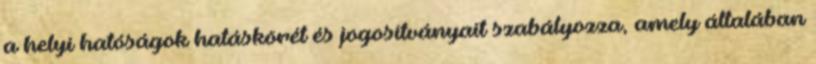
a helyi hatóságok hatáskörét és jogosítványait szabályozza, amely általában